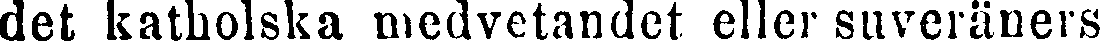
det katholska medvetandet eller suveräners